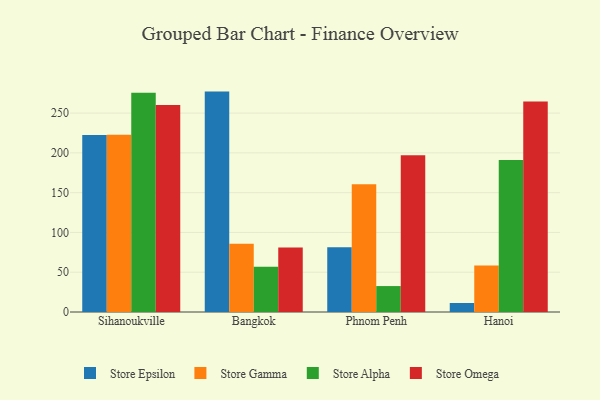
{"axis": {"x": "City", "y": "Demand Index"}, "legend": ["Store Alpha", "Store Epsilon", "Store Gamma", "Store Omega"], "data": [{"x": "Sihanoukville", "y": 222.3, "type": "Store Epsilon"}, {"x": "Sihanoukville", "y": 222.8, "type": "Store Gamma"}, {"x": "Sihanoukville", "y": 275.4, "type": "Store Alpha"}, {"x": "Sihanoukville", "y": 260.2, "type": "Store Omega"}, {"x": "Bangkok", "y": 277.0, "type": "Store Epsilon"}, {"x": "Bangkok", "y": 85.7, "type": "Store Gamma"}, {"x": "Bangkok", "y": 56.9, "type": "Store Alpha"}, {"x": "Bangkok", "y": 81.1, "type": "Store Omega"}, {"x": "Phnom Penh", "y": 81.5, "type": "Store Epsilon"}, {"x": "Phnom Penh", "y": 160.5, "type": "Store Gamma"}, {"x": "Phnom Penh", "y": 32.6, "type": "Store Alpha"}, {"x": "Phnom Penh", "y": 196.9, "type": "Store Omega"}, {"x": "Hanoi", "y": 11.3, "type": "Store Epsilon"}, {"x": "Hanoi", "y": 58.4, "type": "Store Gamma"}, {"x": "Hanoi", "y": 191.0, "type": "Store Alpha"}, {"x": "Hanoi", "y": 264.6, "type": "Store Omega"}]}